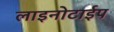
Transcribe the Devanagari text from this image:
लाइनोटाईप